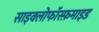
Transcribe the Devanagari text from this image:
साइक्लोफॉस्फ़माइड